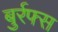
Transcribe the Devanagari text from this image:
बुर्रफ्स